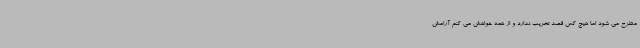
مطرح می شود اما هیچ کس قصد تخریب ندارد و از همه خواهش می کنم آرامش